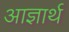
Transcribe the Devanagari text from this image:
आज्ञार्थ